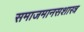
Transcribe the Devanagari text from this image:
समाजमानसशास्त्र